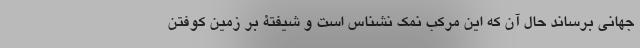
جهانی برساند حال آن که این مرکب نمک نشناس است و شیفتۀ بر زمین کوفتن